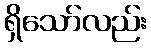
ရှိသော်လည်း